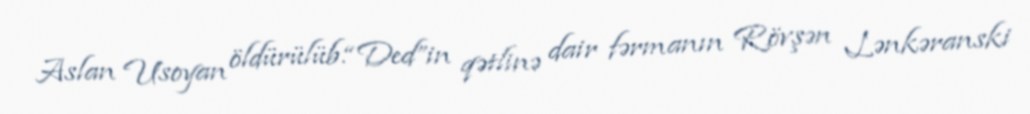
Aslan Usoyan öldürülüb.“Ded”in qətlinə dair fərmanın Rövşən Lənkəranski